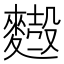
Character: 𪍢